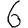
Digit: 6